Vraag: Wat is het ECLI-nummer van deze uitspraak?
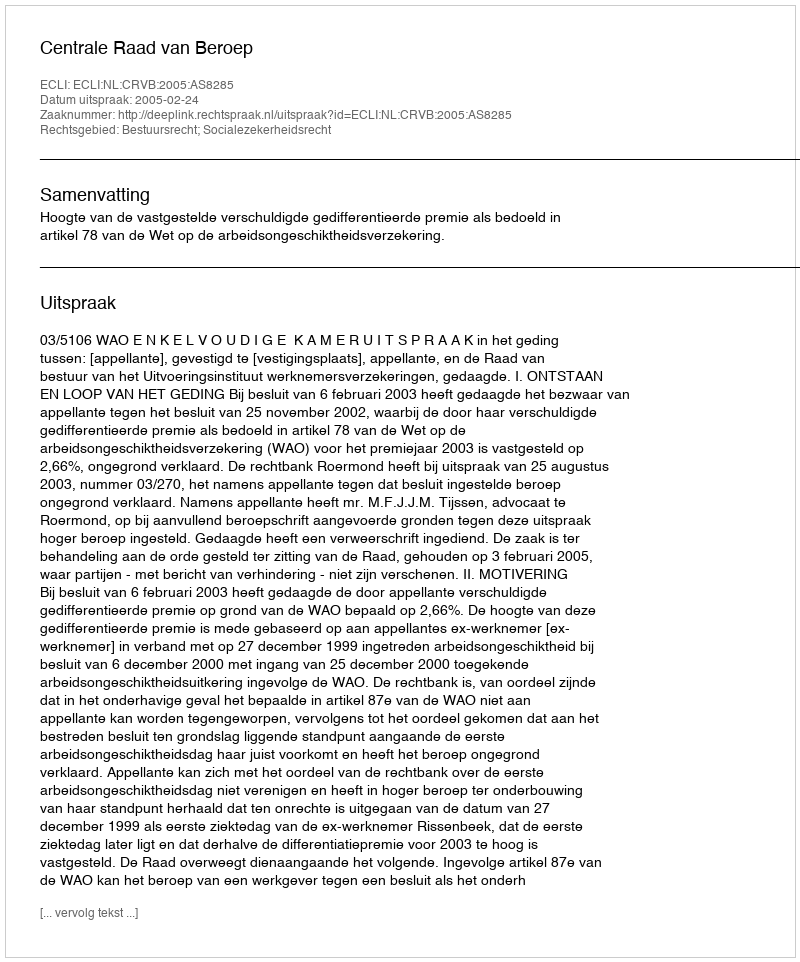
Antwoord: ECLI:NL:CRVB:2005:AS8285